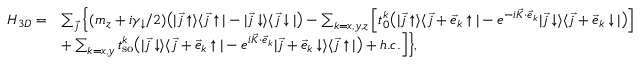
\begin{array} { r l } { H _ { 3 D } = } & { \sum _ { \vec { j } } \Big \{ ( m _ { z } + i \gamma _ { \downarrow } / 2 ) \bigr ( | \vec { j } \uparrow \rangle \langle \vec { j } \uparrow | - | \vec { j } \downarrow \rangle \langle \vec { j } \downarrow | \bigr ) - \sum _ { k = x , y , z } \Big [ t _ { 0 } ^ { k } \bigr ( | \vec { j } \uparrow \rangle \langle \vec { j } + \vec { e } _ { k } \uparrow | - e ^ { - i \vec { K } \cdot \vec { e } _ { k } } | \vec { j } \downarrow \rangle \langle \vec { j } + \vec { e } _ { k } \downarrow | \bigr ) \Big ] } \\ & { + \sum _ { k = x , y } t _ { \mathrm { s o } } ^ { k } \bigr ( | \vec { j } \downarrow \rangle \langle \vec { j } + \vec { e } _ { k } \uparrow | - e ^ { i \vec { K } \cdot \vec { e } _ { k } } | \vec { j } + \vec { e } _ { k } \downarrow \rangle \langle \vec { j } \uparrow | \bigr ) + h . c . \Big ] \Big \} , } \end{array}